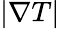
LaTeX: |\nabla T|